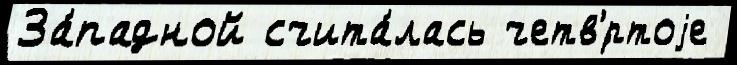
За́падной счита́лась четв'́ртоjе